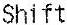
SHIFT